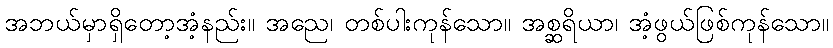
အဘယ်မှာရှိတော့အံ့နည်း။ အညေ၊ တစ်ပါးကုန်သော။ အစ္ဆရိယာ၊ အံ့ဖွယ်ဖြစ်ကုန်သော။